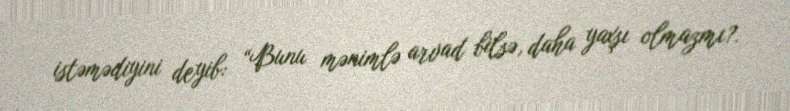
istəmədiyini deyib: “Bunu mənimlə arvad bilsə, daha yaxşı olmazmı?.